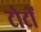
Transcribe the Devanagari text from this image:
टोटीं